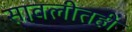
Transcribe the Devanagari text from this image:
सावलीतही